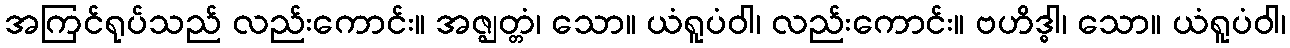
အကြင်ရုပ်သည် လည်းကောင်း။ အဇ္ဈတ္တံ၊ သော။ ယံရူပံဝါ၊ လည်းကောင်း။ ဗဟိဒ္ဓါ၊ သော။ ယံရူပံဝါ၊